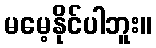
မမေ့နိုင်ပါဘူး။